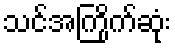
သင်အကြိုက်ဆုံး